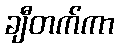
ချီတက်ကာ